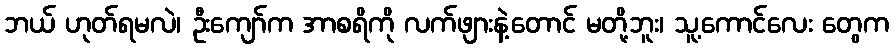
ဘယ် ဟုတ်ရမလဲ၊ ဦးကျော်က အာစရိကို လက်ဖျားနဲ့တောင် မတို့ဘူး၊ သူ့ကောင်လေး တွေက